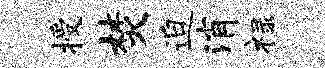
授焚迫消禄